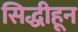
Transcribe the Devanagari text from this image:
सिद्धीहून